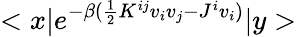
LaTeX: <x|e^{-\beta(\frac{1}{2}K^{ij}v_{i}v_{j}-J^{i}v_{i})}|y>